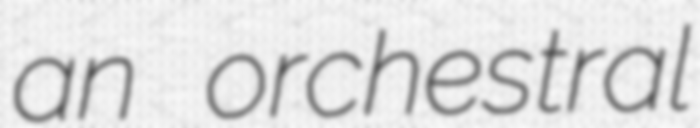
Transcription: an orchestral